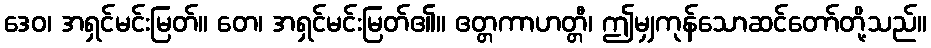
ဒေဝ၊ အရှင်မင်းမြတ်။ တေ၊ အရှင်မင်းမြတ်၏။ ဧတ္တကာဟတ္တီ၊ ဤမျှကုန်သောဆင်တော်တို့သည်။